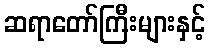
ဆရာတော်ကြီးများနှင့်